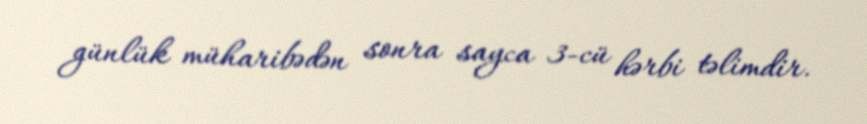
günlük müharibədən sonra sayca 3-cü hərbi təlimdir.